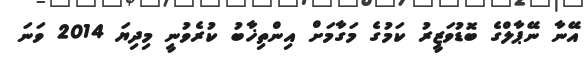
އޭނާ ނޭޕާލްގެ ބޮޑުވަޒީރު ކަމުގެ މަގާމަށް އިންތިޚާބު ކުރެވުނީ މިދިޔަ 2014 ވަނަ